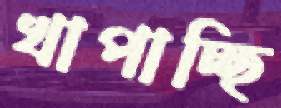
খাপাচ্ছি